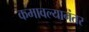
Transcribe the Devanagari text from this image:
कमावल्यानंतर